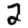
Digit: 2